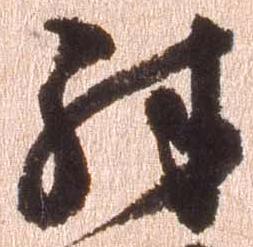
殊